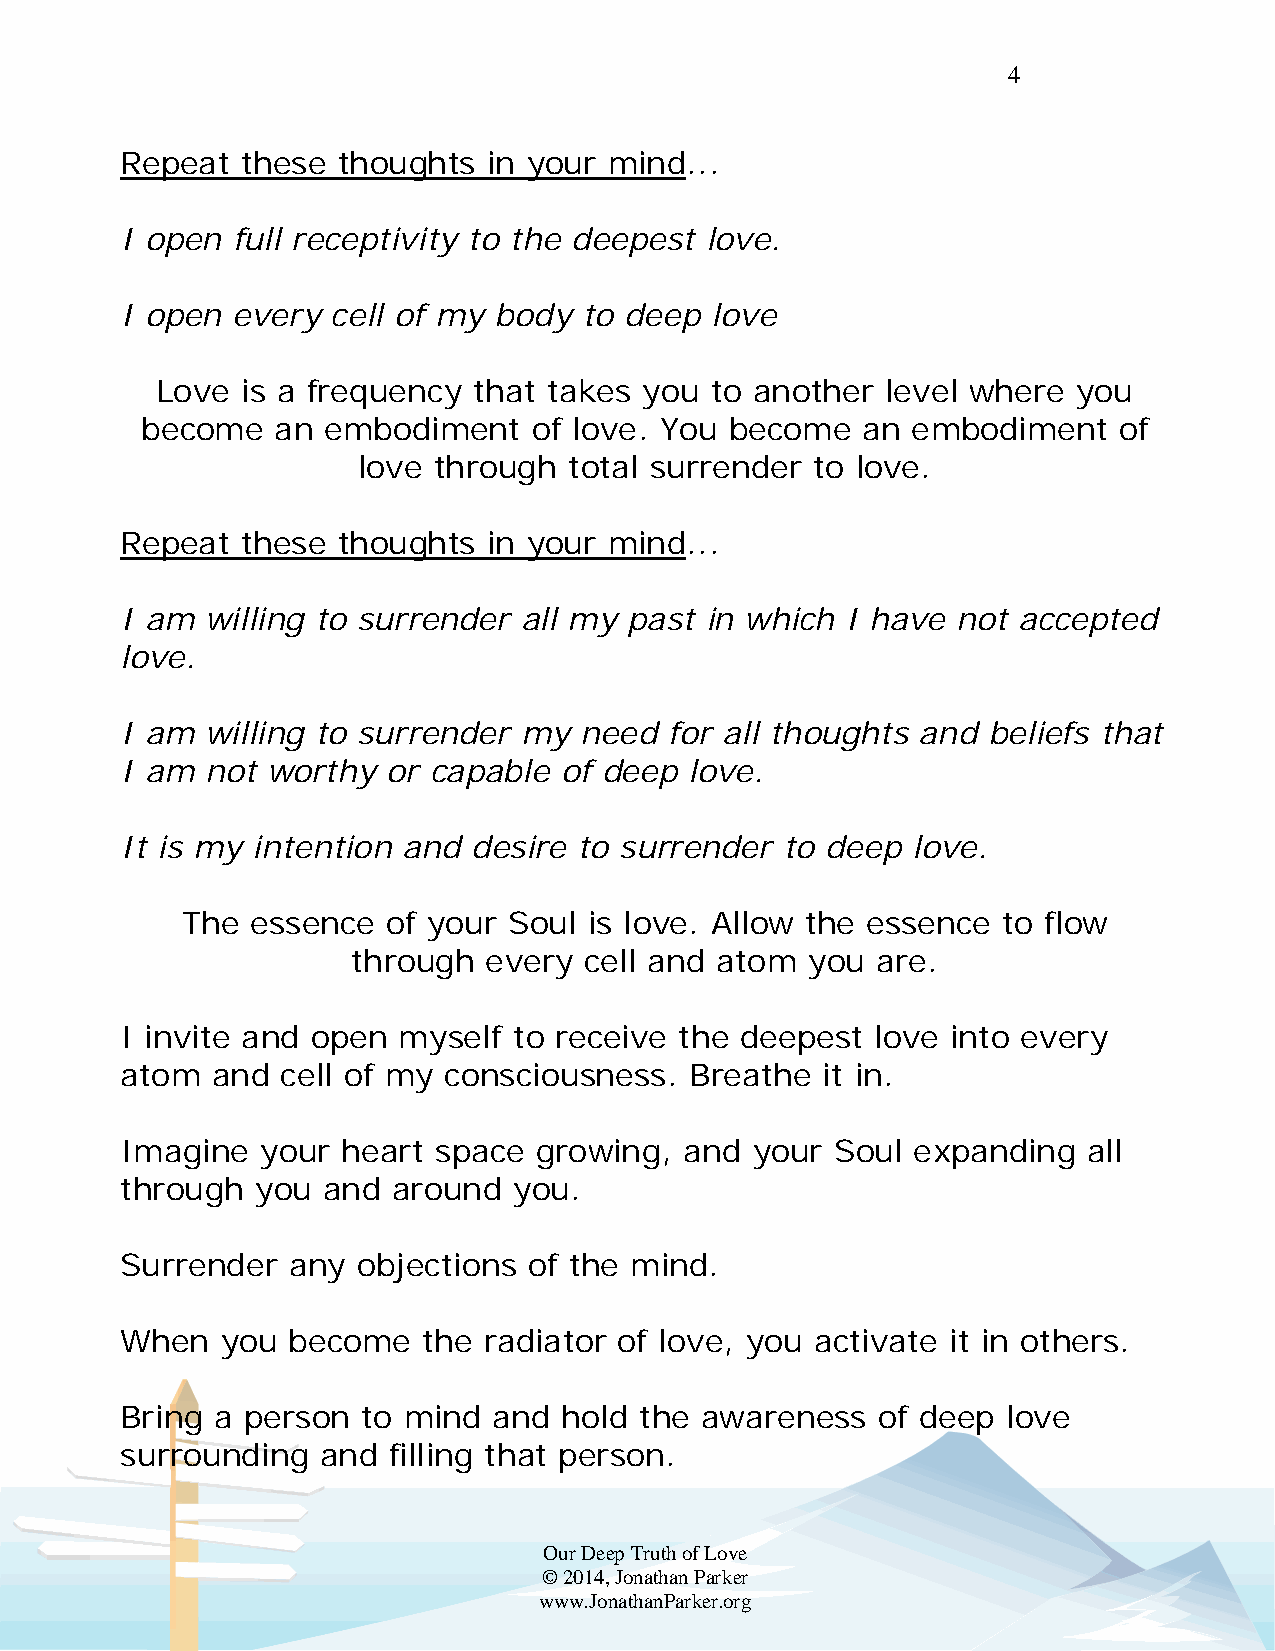
4
 Repeat  these thoughts  in your mind...
 I open full receptivity to the deepest love.
 I open every  cell of my body  to deep love
 Love  is a frequency that takes  you to another  level where you
 become   an embodiment    of love. You become   an embodiment    of
 love through  total surrender to love.
 Repeat  these thoughts  in your mind...
 I am  willing to surrender all my past in which I have not accepted
 love.
 I am  willing to surrender my need  for all thoughts and beliefs that
 I am  not worthy  or capable of deep  love.
 It is my intention and desire to surrender  to deep love.
 The  essence  of your Soul is love. Allow the essence to flow
 through  every  cell and atom you  are.
 I invite and open myself  to receive the deepest  love into every
 atom  and  cell of my consciousness.  Breathe it in.
 Imagine  your  heart space growing,  and  your Soul expanding   all
 through  you and  around  you.
 Surrender  any  objections of the mind.
 When   you become   the radiator of love, you activate it in others.
 Bring a person  to mind  and hold the awareness   of deep  love
 surrounding  and  filling that person.
 Our Deep Truth of Love
 © 2014, Jonathan Parker
 www.JonathanParker.org